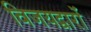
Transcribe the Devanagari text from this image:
विजयद्वारों